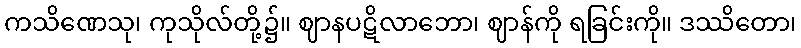
ကသိဏေသု၊ ကုသိုလ်တို့၌။ ဈာနပဋိလာဘော၊ ဈာန်ကို ရခြင်းကို။ ဒဿိတော၊